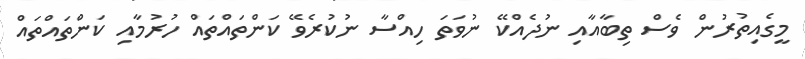
މީގެއިތުރުން ވެސް ތިބާއާއި ނުދެއްކޭ ނުވަތަ ހިއްސާ ނުކުރެވޭ ކަންތައްތައް ހުރުމާއި ކަންތައްތައް